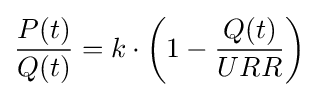
{\frac {P(t)}{Q(t)}}=k\cdot \left(1-{\frac {Q(t)}{URR}}\right)